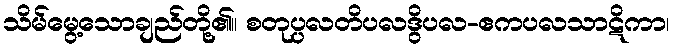
သိမ်မွေ့သောချည်တို့၏။ စတုပ္ပလတိပလဒွိပလ-ဧကပလသာဋိကာ၊